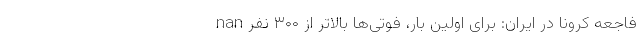
nan فاجعه کرونا در ایران: برای اولین بار، فوتی‌ها بالاتر از ۳۰۰ نفر